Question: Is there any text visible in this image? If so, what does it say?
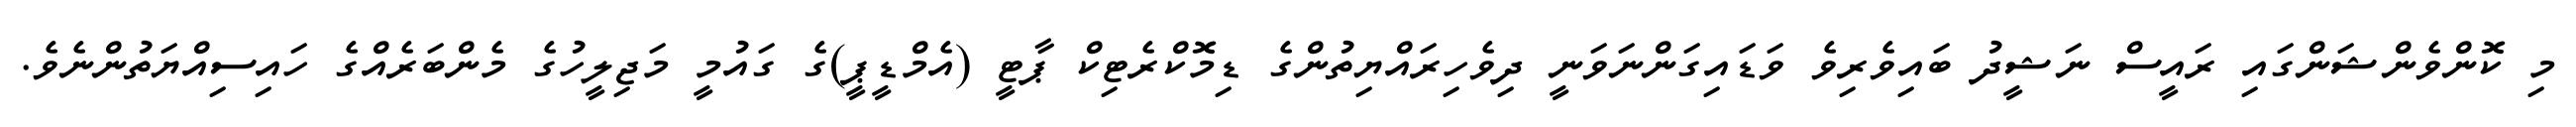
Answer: މި ކޮންވެންޝަންގައި ރައީސް ނަޝީދު ބައިވެރިވެ ވަޑައިގަންނަވަނީ ދިވެހިރައްޔިތުންގެ ޑިމޮކްރެޓިކް ޕާޓީ (އެމްޑީޕީ)ގެ ގައުމީ މަޖިލީހުގެ މެންބަރެއްގެ ހައިސިއްޔަތުންނެވެ.